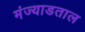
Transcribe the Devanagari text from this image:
मंज्याडताल